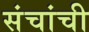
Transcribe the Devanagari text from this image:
संचांची